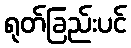
ရုတ်ခြည်းပင်